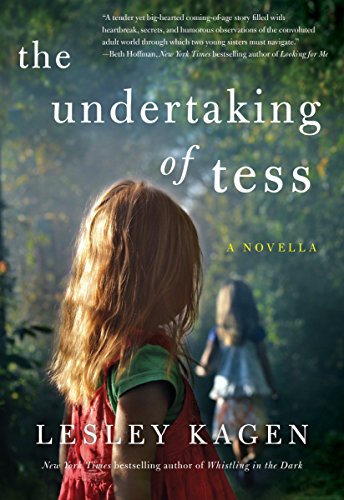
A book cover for The Undertaking of Tess: A Novella; Lesley Kagen; Literature & Fiction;